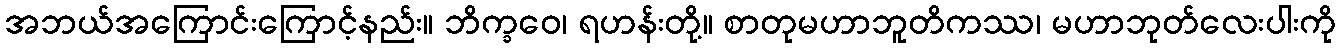
အဘယ်အကြောင်းကြောင့်နည်း။ ဘိက္ခဝေ၊ ရဟန်းတို့။ စာတုမဟာဘူတိကဿ၊ မဟာဘုတ်လေးပါးကို